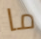
ما